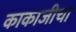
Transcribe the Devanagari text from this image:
काकाजीचा